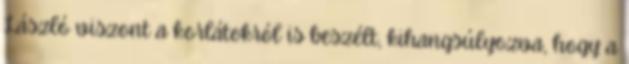
László viszont a korlátokról is beszélt, kihangsúlyozva, hogy a